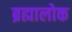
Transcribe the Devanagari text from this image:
ब्रह्मालोक